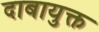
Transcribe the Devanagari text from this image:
दाबायुक्त